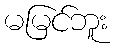
မမြင်ဘူး